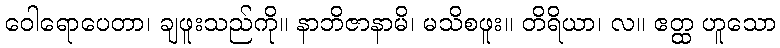
ဝေါရောပေတာ၊ ချဖူးသည်ကို။ နာဘိဇာနာမိ၊ မသိစဖူး။ တိရိယာ၊ လ။ ဧတ္ထ ဟူသော